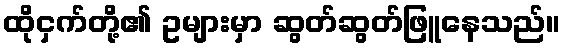
ထိုငှက်တို့၏ ဥများမှာ ဆွတ်ဆွတ်ဖြူနေသည်။